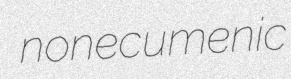
nonecumenic